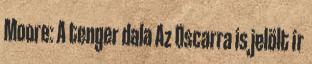
Moore: A tenger dala Az Oscarra is jelölt ír